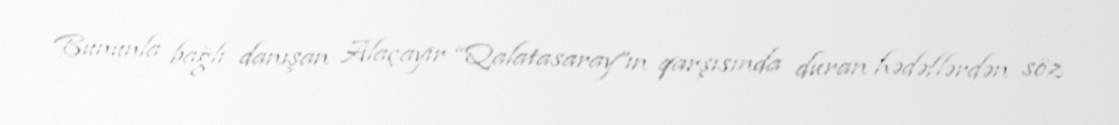
Bununla bağlı danışan Alaçayır “Qalatasaray”ın qarşısında duran hədəflərdən söz